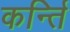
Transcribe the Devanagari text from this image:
कर्न्ति